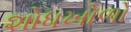
શોધખોળો